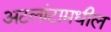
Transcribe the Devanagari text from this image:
अटलांटामधील